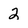
Character: 2